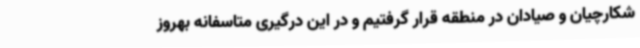
شکارچیان و صیادان در منطقه قرار گرفتیم و در این درگیری متاسفانه بهروز